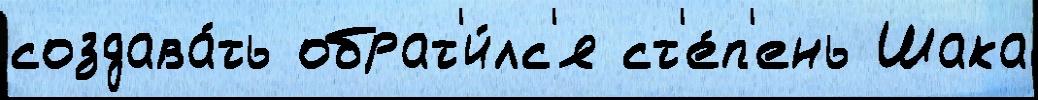
создава́ть обрат'и́лс'я ст'е́п'ень Шака